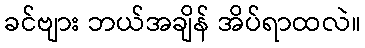
ခင်ဗျား ဘယ်အချိန် အိပ်ရာထလဲ။